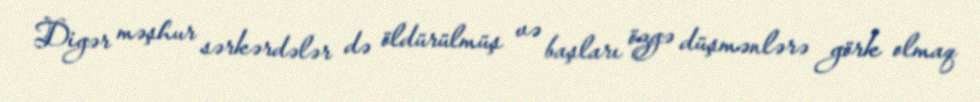
Digər məşhur sərkərdələr də öldürülmüş və başları özgə düşmənlərə görk olmaq